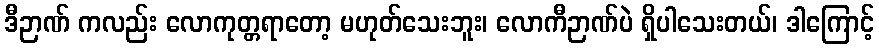
ဒီဉာဏ် ကလည်း လောကုတ္တရာတော့ မဟုတ်သေးဘူး၊ လောကီဉာဏ်ပဲ ရှိပါသေးတယ်၊ ဒါကြောင့်